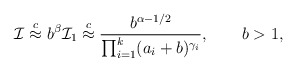
\begin{align*} \mathcal I\stackrel{c}{\approx}b^\beta \mathcal I_1\stackrel{c}{\approx}\frac{b^{\alpha-1/2}}{\prod_{i=1}^k(a_i+b)^{\gamma_i}},\ \ \ \ \ \ b>1,\end{align*}